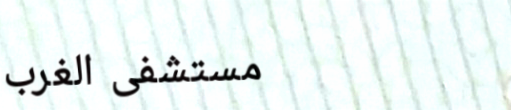
مستشفى الغرب